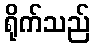
ရိုက်သည်